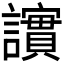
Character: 𫍒